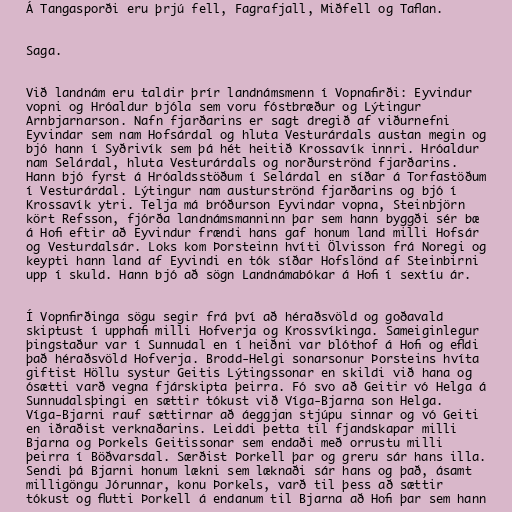
Á Tangasporði eru þrjú fell, Fagrafjall, Miðfell og Taflan.

Saga.

Við landnám eru taldir þrír landnámsmenn í Vopnafirði: Eyvindur
vopni og Hróaldur bjóla sem voru fóstbræður og Lýtingur
Arnbjarnarson. Nafn fjarðarins er sagt dregið af viðurnefni
Eyvindar sem nam Hofsárdal og hluta Vesturárdals austan megin og
bjó hann í Syðrivík sem þá hét heitið Krossavík innri. Hróaldur
nam Selárdal, hluta Vesturárdals og norðurströnd fjarðarins.
Hann bjó fyrst á Hróaldsstöðum í Selárdal en síðar á Torfastöðum
í Vesturárdal. Lýtingur nam austurströnd fjarðarins og bjó í
Krossavík ytri. Telja má bróðurson Eyvindar vopna, Steinbjörn
kört Refsson, fjórða landnámsmanninn þar sem hann byggði sér bæ
á Hofi eftir að Eyvindur frændi hans gaf honum land milli Hofsár
og Vesturdalsár. Loks kom Þorsteinn hvíti Ölvisson frá Noregi og
keypti hann land af Eyvindi en tók síðar Hofslönd af Steinbirni
upp í skuld. Hann bjó að sögn Landnámabókar á Hofi í sextíu ár.

Í Vopnfirðinga sögu segir frá því að héraðsvöld og goðavald
skiptust í upphafi milli Hofverja og Krossvíkinga. Sameiginlegur
þingstaður var í Sunnudal en í heiðni var blóthof á Hofi og efldi
það héraðsvöld Hofverja. Brodd-Helgi sonarsonur Þorsteins hvíta
giftist Höllu systur Geitis Lýtingssonar en skildi við hana og
ósætti varð vegna fjárskipta þeirra. Fó svo að Geitir vó Helga á
Sunnudalsþingi en sættir tókust við Víga-Bjarna son Helga.
Víga-Bjarni rauf sættirnar að áeggjan stjúpu sinnar og vó Geiti
en iðraðist verknaðarins. Leiddi þetta til fjandskapar milli
Bjarna og Þorkels Geitissonar sem endaði með orrustu milli
þeirra í Böðvarsdal. Særðist Þorkell þar og greru sár hans illa.
Sendi þá Bjarni honum lækni sem læknaði sár hans og það, ásamt
milligöngu Jórunnar, konu Þorkels, varð til þess að sættir
tókust og flutti Þorkell á endanum til Bjarna að Hofi þar sem hann